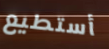
أستطيع